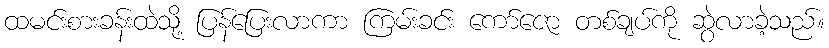
ထမင်းစားခန်းထဲသို့ ပြန်ပြေးလာကာ ကြမ်းခင်း ကော်ဇော တစ်ချပ်ကို ဆွဲလာခဲ့သည်။